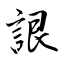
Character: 詪